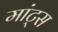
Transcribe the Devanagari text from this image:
मांट्स